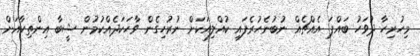
މިހުރިހާ ދުވަހު ބައްޕަ އެއްޗެއް ނުބުނެހުރެފައި ކުއްލިއަކަށް ނުރުހިގެން ވާހަކަދެއްކުމުން ޝީބާ އިންތިހާއަށް